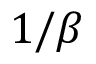
1 / \beta